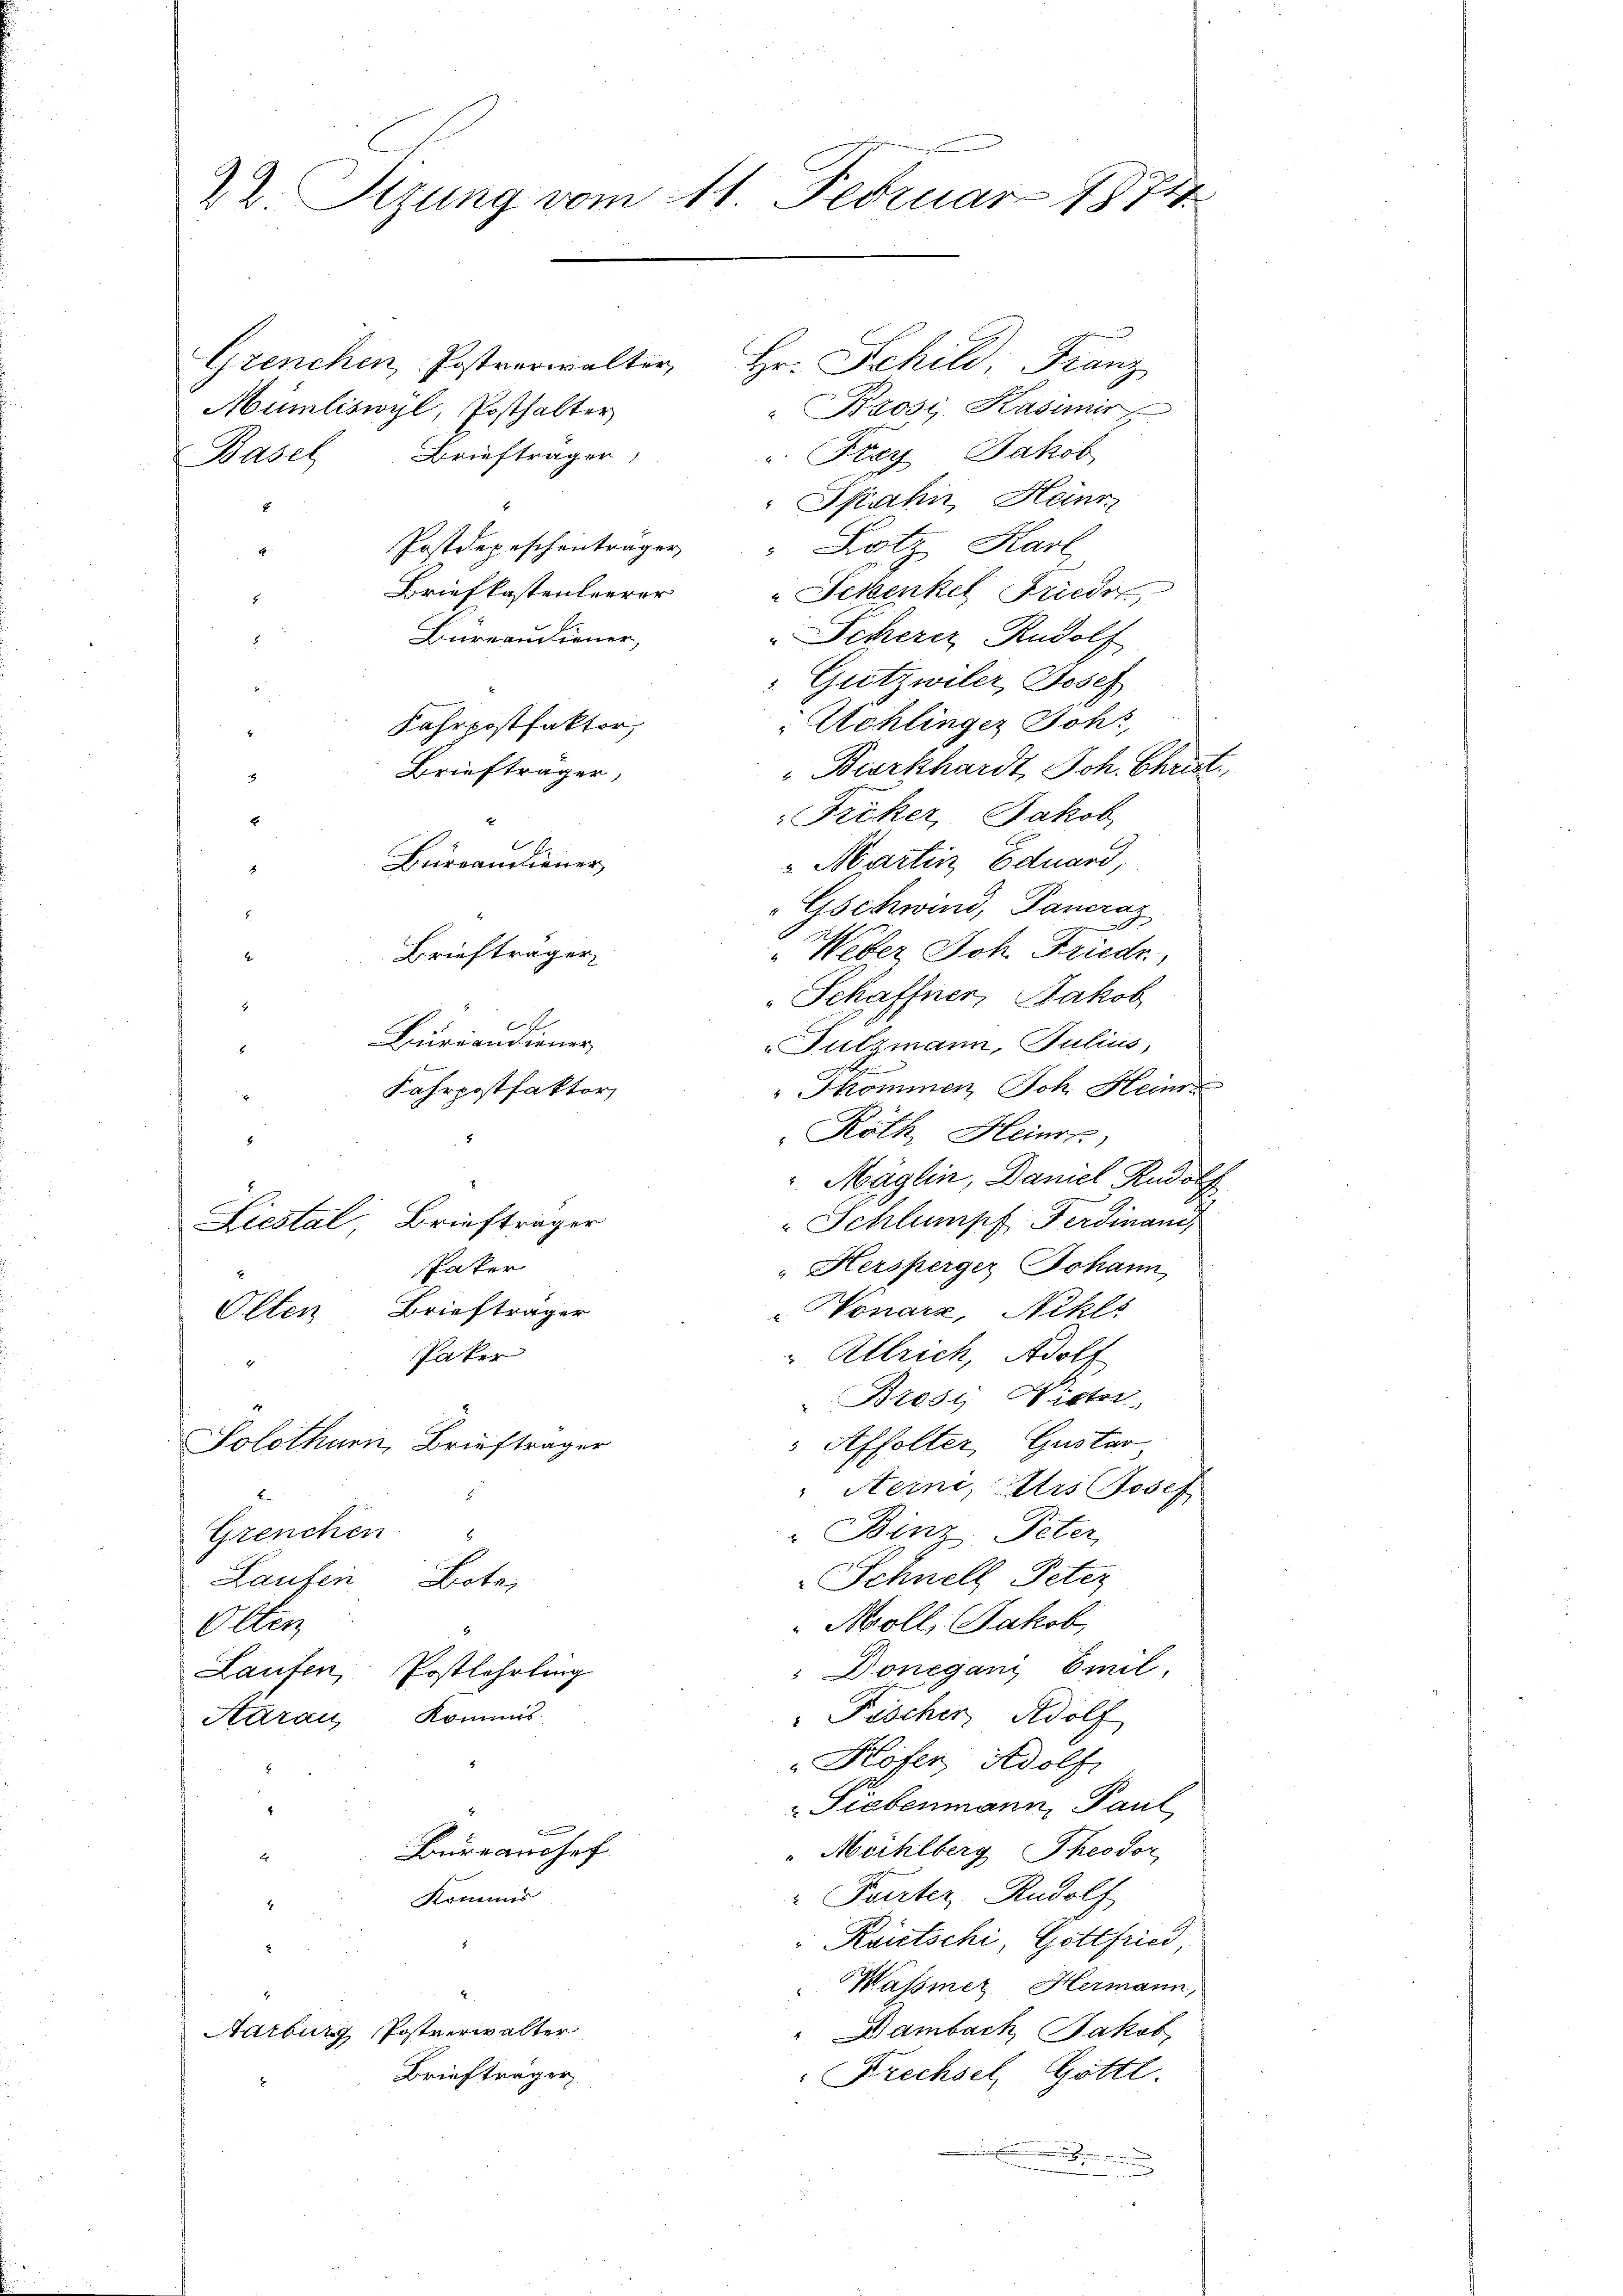
22 Sizung vom 11. Februar 1874.

Olten

Grenchen Postverwalter, Hr. Schild, Franz
Mümliswyl, Posthalter
Brosi Kasimir
u. Frey Jakob
Basel Briefträger
Spahn, Heinr
Postdepescheinträger " Lotz Kart
Briefkastenleerer
Achenkel Friede
Bureaudiener,
Scherer Rudolf
Gutzwiler, Josef
Achlinger Johs,
Fahrpostfaktor
Burkhardt, Joh. Christ.
Briefträger,
8
Friker, Jakob
E
E
Martin Eduard,
Burrandiener
"Gschwind, Pancraz
"Weber Joh. Friedr
Briefträger
Schaffner, Jakob
Burcandiener
Fulzmann, Julius,
5
Fkommen, Joh. Heinr
Fahrpostfaktor
Röth, Heinre
Mäglin, Daniel Rudolf
" Schlumpf Ferdinand
Liestal, Briefträger
Pater
„Hersperger Johann,
Briefträger
Nonarz, Nikls
Paker
Allrich, Adolf
Brosy Wicher
Solothurn, Briefträger
Affolter, Gustar
Aerni, Urs Josef

2
" Binz Peter
Grencken "
Schnell Peter
Laufen Bote,
Mroll, Jakob
Olten
4
Done ganz Emil
Laufen, Postlehrling
Kommis
 Fischer Adolf
Aarau
5
"Kofer, Adolf,
Siebenmann, Paul
f
Büreanchef
" Mühlberg Theodor
" Parter Rudolf
Kommis
Kautschi, Gottfried
Wasser Hermann,
Aarburg, Postverwalter
"Dambach Jakob,
Briefträger
Drechsel. Gottl.
.